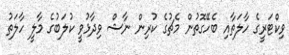
ވިކްޓަރީގެ ހާލަތާއި ބެހޭގޮތުން މެޗުގެ ކުރިން ނާޝް ވިދާޅުވީ ކުލަބުގެ މާލީ ހާލަތު